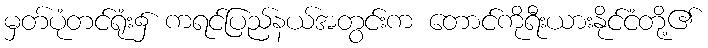
မှတ်ပုံတင်ရုံး၌ ကရင်ပြည်နယ်အတွင်းက တောင်ကိုရီးယားနိုင်ငံတို့၏